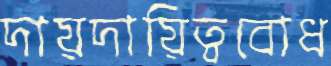
দায়দায়িত্ববোধ